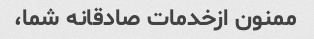
ممنون ازخدمات صادقانه شما،